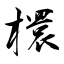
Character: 檈